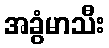
အခွံမာသီး